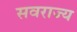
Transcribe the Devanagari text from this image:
सवराज्य